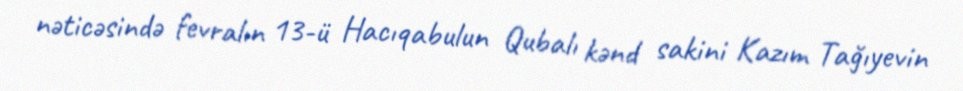
nəticəsində fevralın 13-ü Hacıqabulun Qubalı kənd sakini Kazım Tağıyevin